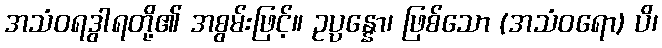
အသံဝရဒွါရတို့၏ အစွမ်းဖြင့်။ ဥပ္ပန္နော၊ ဖြစ်သော (အသံဝရော) ပိ၊